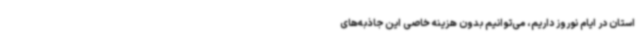
استان در ایام نوروز داریم، می‌توانیم بدون هزینه خاصی این جاذبه‌های